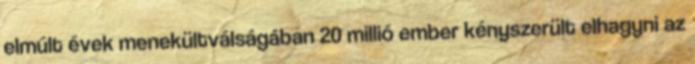
elmúlt évek menekültválságában 20 millió ember kényszerült elhagyni az